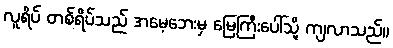
လူရိပ် တစ်ရိပ်သည် အမေ့ဘေးမှ မြေကြီးပေါ်သို့ ကျလာသည်။